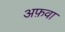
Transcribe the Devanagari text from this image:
अफ़वा